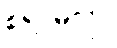
စရာမလို။